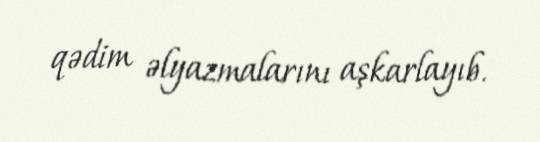
qədim əlyazmalarını aşkarlayıb.